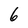
Character: 6